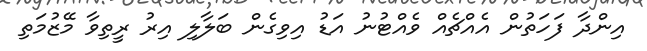
އިންދާ ފަހަތުން އެއްޗެއް ވެއްޓުނު އަޑު އިވިގެން ބަލާލި އިރު ރީތިވާ މޭޒުމަތި